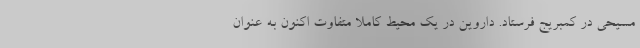
مسیحی در کمبریج فرستاد. داروین در یک محیط کاملا متفاوت اکنون به عنوان